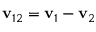
\mathbf { v } _ { 1 2 } = \mathbf { v } _ { 1 } - \mathbf { v } _ { 2 }